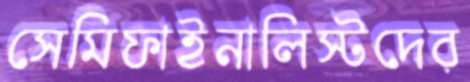
সেমিফাইনালিস্টদের